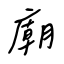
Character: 廟